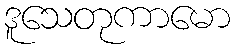
ဒူသေတုကာမော